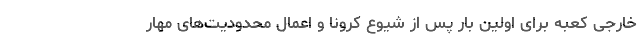
خارجی کعبه برای اولین بار پس از شیوع کرونا و اعمال محدودیت‌های مهار